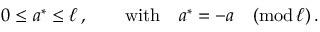
0 \leq a ^ { * } \leq \ell \, , \qquad \mathrm { w i t h } \quad a ^ { * } = - a \quad ( \mathrm { m o d } \, \ell ) \, .